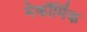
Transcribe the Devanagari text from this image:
मेकॉर्मिक